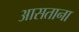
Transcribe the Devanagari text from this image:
आसताना